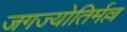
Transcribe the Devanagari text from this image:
जगज्योतिर्मल्ल